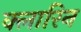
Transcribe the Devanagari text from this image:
क्लारिन